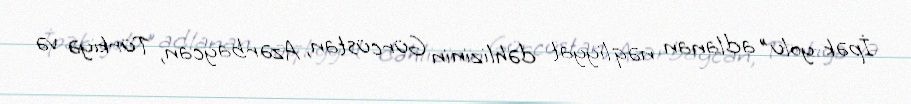
İpək yolu" adlanan nəqliyyat dəhlizinin Gürcüstan, Azərbaycan, Türkiyə və